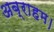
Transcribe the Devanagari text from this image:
अब्राहम।